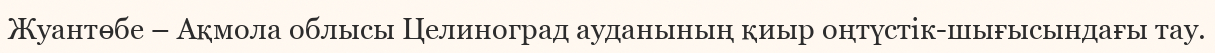
Жуантөбе – Ақмола облысы Целиноград ауданының қиыр оңтүстік-шығысындағы тау.